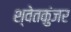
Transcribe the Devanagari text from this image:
श्वेतकुंजर